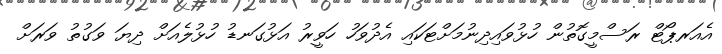
އެއަރޕޯޓް ރަސްމީގޮތުން ހުޅުވައިދިނުމަށްޓަކައި އެދުވަހު ހަވީރު އަޅުގަނޑު ހުޅުލެއަށް ދިޔަ ވަގުތު ވަރަށް